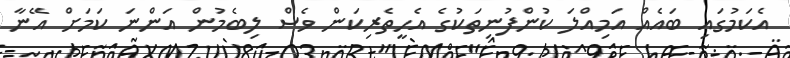
އެކަމުގައި ބައެއް އަމިއްލަ ކުންފުނިތަކުގެ އެހީތެރިކަން ވެސް ލިބެމުން އަންނަ ކަމަށް އޭނާ